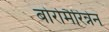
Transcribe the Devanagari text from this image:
बोर्रोमैरिन्नेन